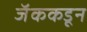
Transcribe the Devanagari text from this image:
जॅककडून